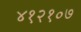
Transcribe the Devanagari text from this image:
४१२१०७